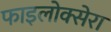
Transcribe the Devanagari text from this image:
फाइलोक्सेरा